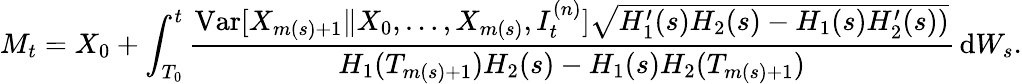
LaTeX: M_{t}=X_{0}+\int_{T_{0}}^{t}\frac{\mathrm{Var}[X_{m(s)+1}\| X_{0},\ldots,X_{m(s)},I_{t}^{(n)}]\sqrt{H_{1}^{\prime}(s)H_{2}(s)-H_{1}(s)H_{2}^{\prime}(s))}}{H_{1}(T_{m(s)+1})H_{2}(s)-H_{1}(s)H_{2}(T_{m(s)+1})}\, \mathrm{d}W_{s}.